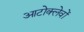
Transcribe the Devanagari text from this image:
आटोक्लेवों